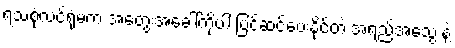
ရသစုံလင်ရုံမက အတွေးအခေါ်ကိုပါ ပြင်ဆင်ပေးနိုင်တဲ့ အရည်အသွေးနဲ့